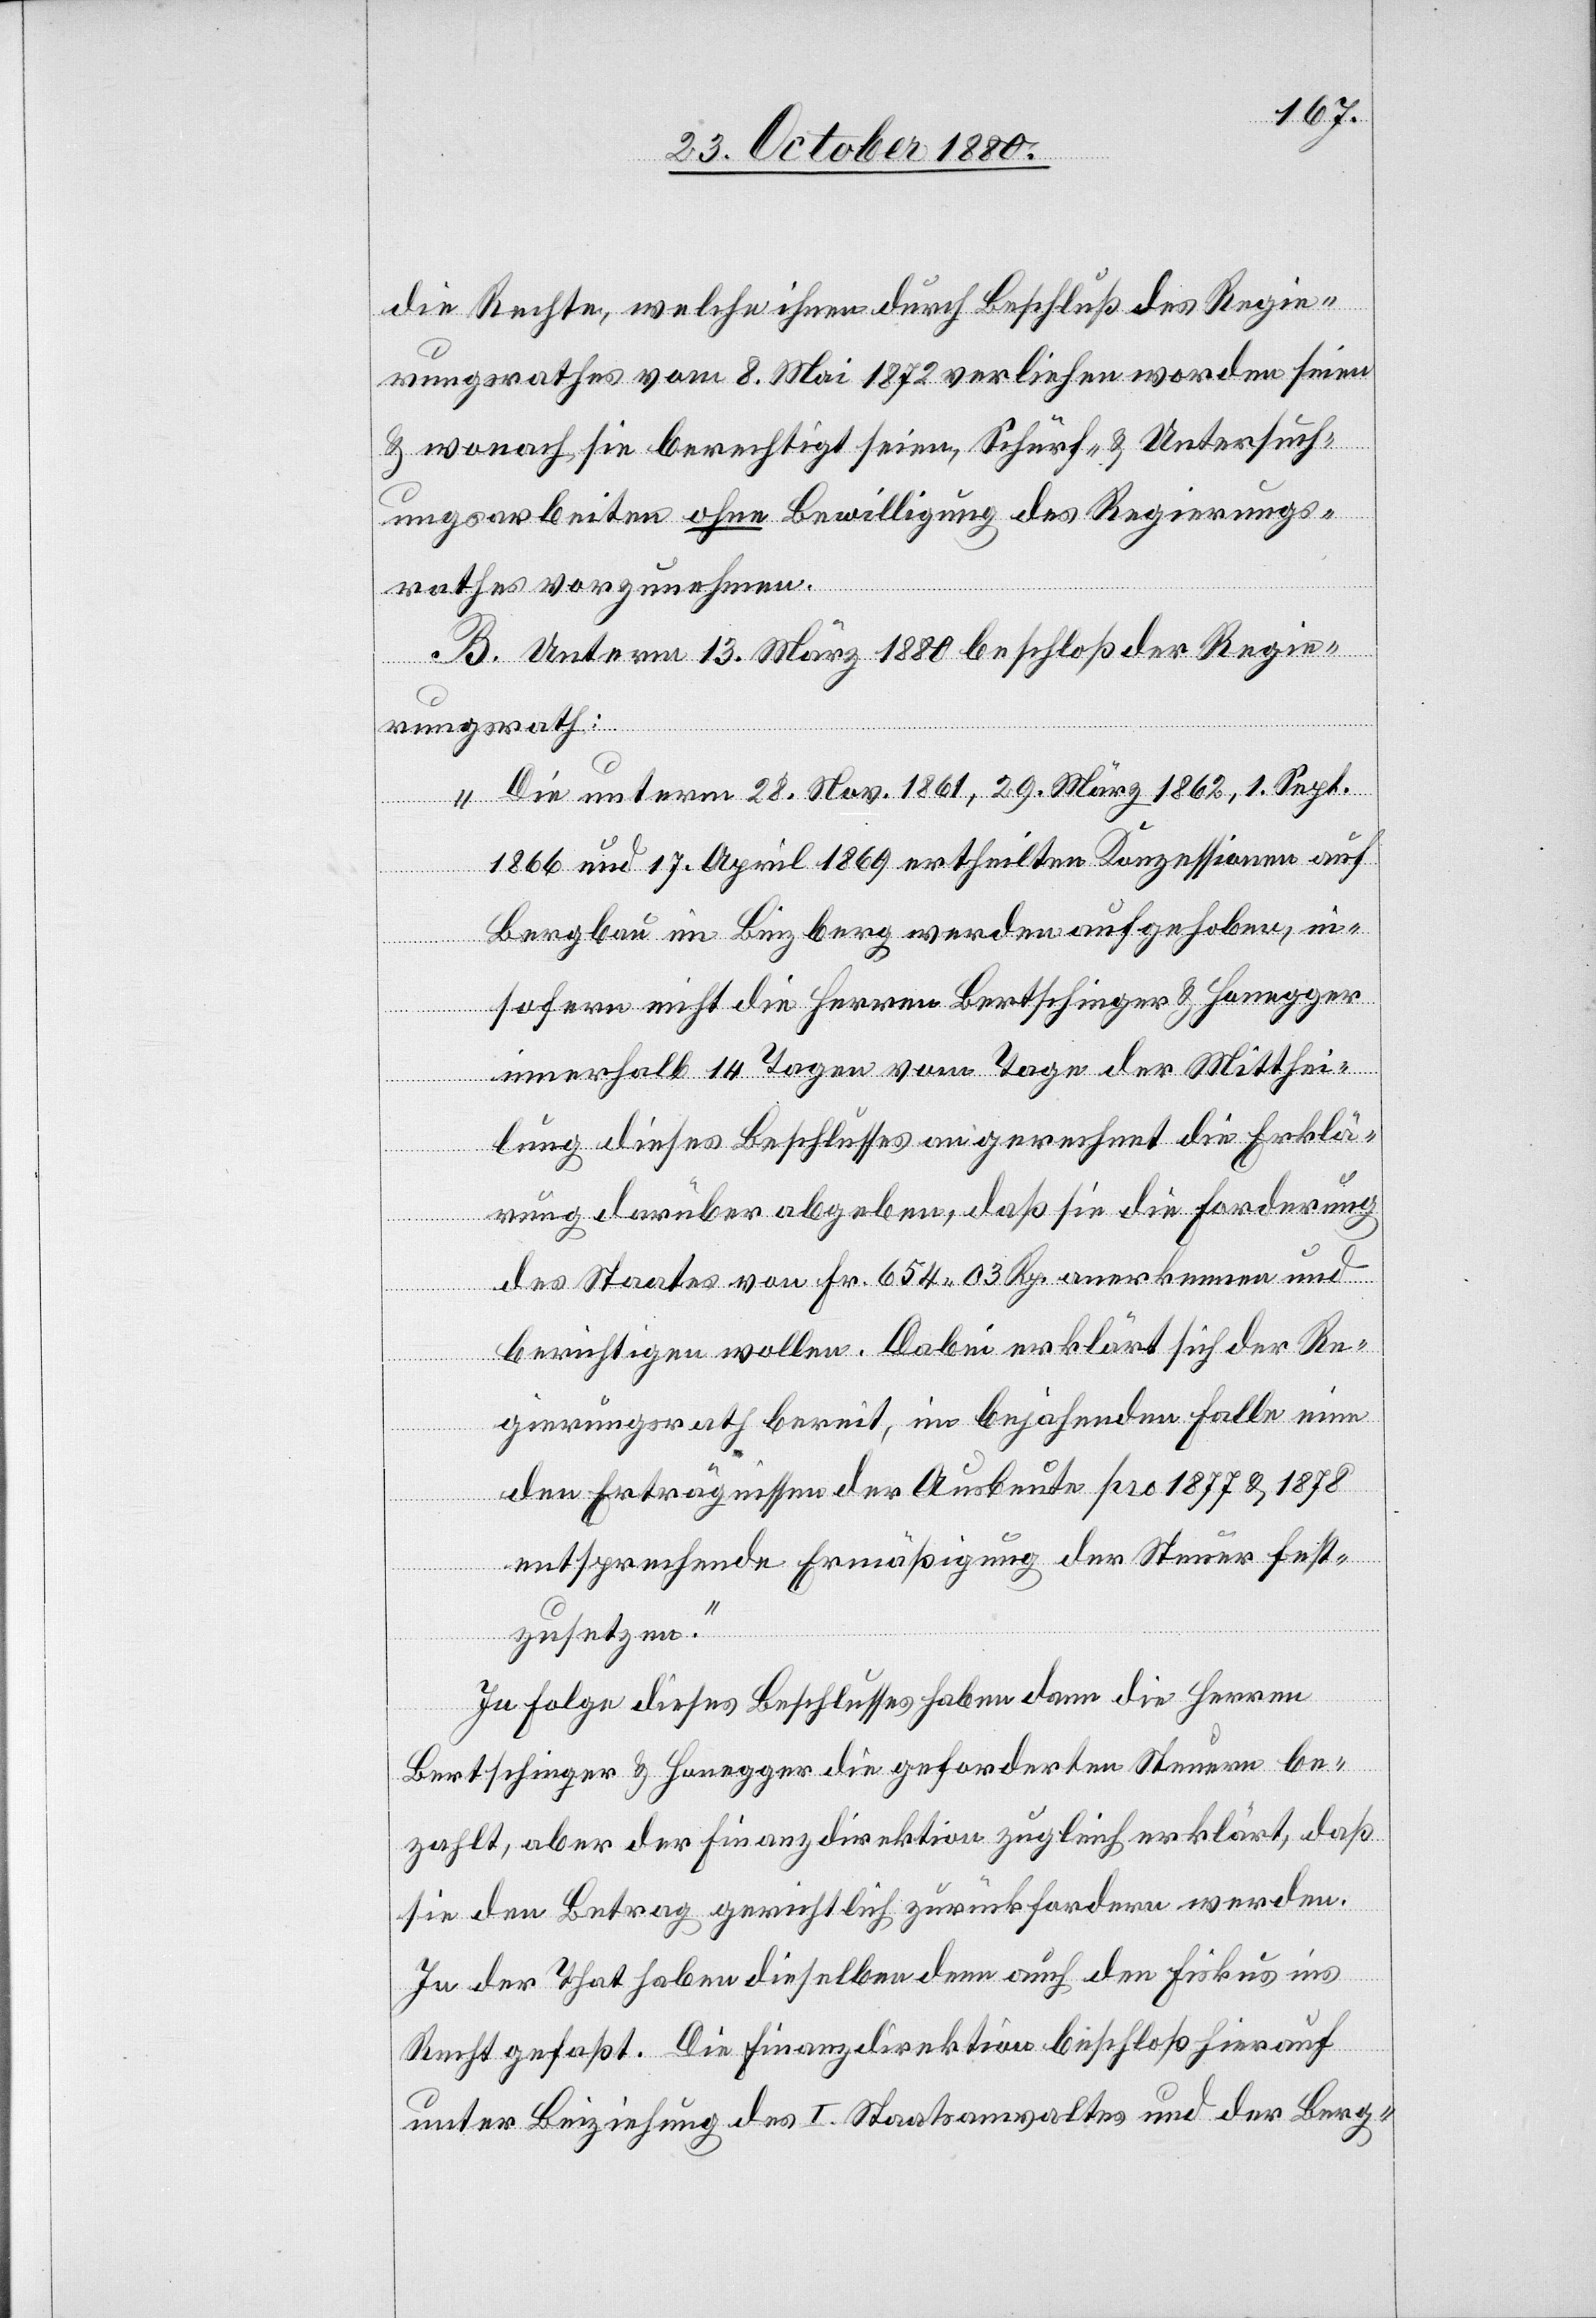
die Rechte, welchen ihnen durch Beschluß des Regie¬
rungsrathes vom 8. Mai 1872 verliehen worden seien
& wonach sie berechtigt seien, Schürf- & Untersuch¬
ungsarbeiten ohne Bewilligung des Regierungs¬
rathes vorzunehmen.
B. Unterm 13. März 1880 beschloß der Regie¬
rungsrath:
„Die unterm 28. Nov. 1861, 29. März 1862, 1. Sept.
1866 und 17. April 1869 ertheilten Konzessionen auf
Bergbau im Binzberg werden aufgehoben, in¬
sofern nicht die Herren Bertschinger & Honegger
innerhalb 14 Tagen vom der Mitthei¬
lung dieses Beschlusses an gerechnet die Erklä¬
rung darüber abgeben, daß sie die Forderung
des Staates von Fr. 654 03 Rp. anerkennen und
berichtigen wollen. Dabei erklärt sich der Re¬
gierungsrath bereit, im bejahenden Falle eine
den Erträgnissen der Ausbeute pro 1877 & 1878
entsprechende Ermäßigung der Steuer fest¬
zusetzen.“
In Folge dieses Beschlusses haben dann die Herren
Bertschinger & Honegger die geforderten Steuern be¬
zahlt, aber der Finanzdirektion zugleich erklärt, daß
sie den Betrag gerichtlich zurückfordern werden.
In der That haben dieselben denn auch den Fiskus ins
Recht gefaßt. Die Finanzdirektion beschloß hierauf
unter Beiziehung des I. Staatsanwaltes und der Berg-